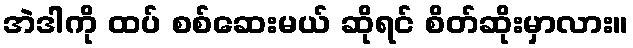
အဲဒါကို ထပ် စစ်ဆေးမယ် ဆိုရင် စိတ်ဆိုးမှာလား။